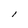
Character: l